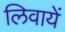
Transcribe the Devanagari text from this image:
लिवायें